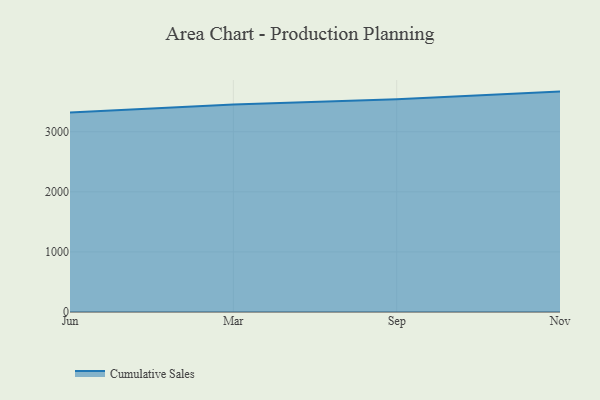
{"axis": {"x": "Month", "y": "Tickets Resolved"}, "legend": ["Cumulative Sales"], "data": [{"x": "Jun", "y": 3318.9, "type": "Cumulative Sales"}, {"x": "Mar", "y": 3455.2, "type": "Cumulative Sales"}, {"x": "Sep", "y": 3540.4, "type": "Cumulative Sales"}, {"x": "Nov", "y": 3668.0, "type": "Cumulative Sales"}]}